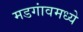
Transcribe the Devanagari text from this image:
मडगांवमध्ये